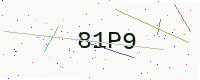
Text: 81P9